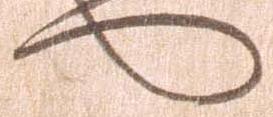
へ